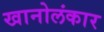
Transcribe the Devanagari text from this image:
खानोलंकार